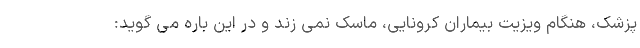
پزشک، هنگام ویزیت بیماران کرونایی، ماسک نمی زند و در این باره می گوید: